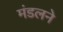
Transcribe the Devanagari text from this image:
मंडलने